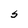
Character: S